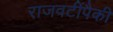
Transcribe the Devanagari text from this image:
राजवटींपैकी